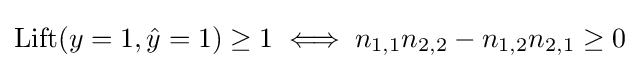
\mathrm {Lift} (y=1,{\hat {y}}=1)\geq 1\iff n_{1,1}n_{2,2}-n_{1,2}n_{2,1}\geq 0